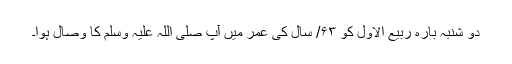
دو شنبہ بارہ ربیع الاوّل کو ۶۳/ سال کی عمر میں آپ صلی اللہ علیہ وَسلم کا وِصال ہوا۔